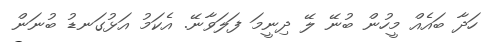
ހަދާ ބައެއް މީހުން ބުނޭ ލޭ ދިނީމަ ފަލަވާނޭ. އެކަމު އަޅުގަނޑު ބުނަން